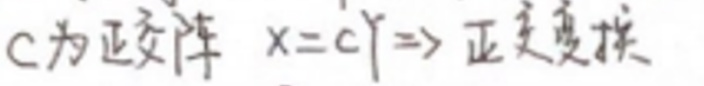
C为正交阵$\ x = C y \Rightarrow $正交变换